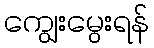
ကျွေးမွေးရန်